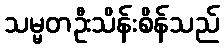
သမ္မတဦးသိန်းစိန်သည်